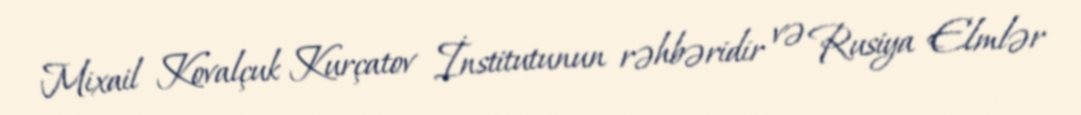
Mixail Kovalçuk Kurçatov İnstitutunun rəhbəridir və Rusiya Elmlər